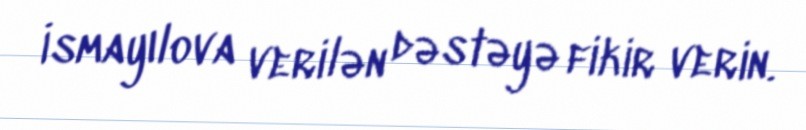
İsmayılova verilən dəstəyə fikir verin.